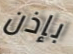
بإذن